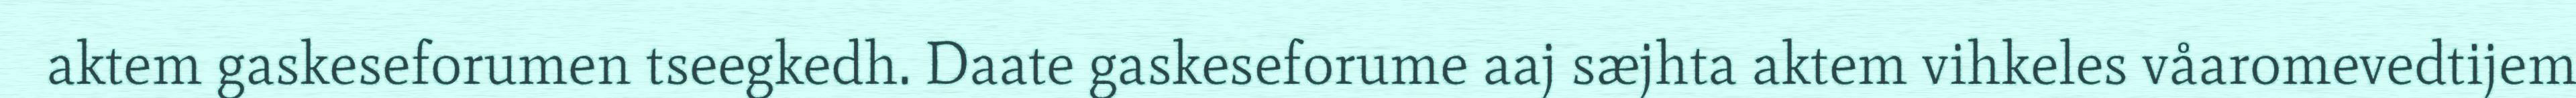
aktem gaskeseforumen tseegkedh. Daate gaskeseforume aaj sæjhta aktem vihkeles våaromevedtijem